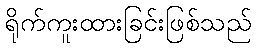
ရိုက်ကူးထားခြင်းဖြစ်သည်